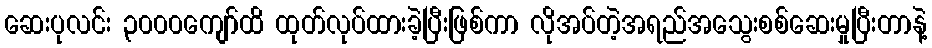
ဆေးပုလင်း ၃၀၀၀ကျော်ထိ ထုတ်လုပ်ထားခဲ့ပြီးဖြစ်ကာ လိုအပ်တဲ့အရည်အသွေးစစ်ဆေးမှုပြီးတာနဲ့